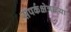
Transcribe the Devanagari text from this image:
संपर्कक्षेत्राच्या